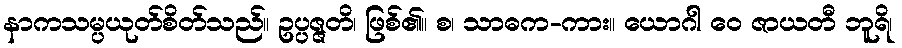
နာကသမ္ပယုတ်စိတ်သည်။ ဥပ္ပဇ္ဇတိ၊ ဖြစ်၏။ စ၊ သာဓက-ကား။ ယောဂါ ဝေ ဇာယတီ ဘူရိ၊